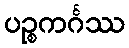
ပဉ္စကင်္ဂဿ